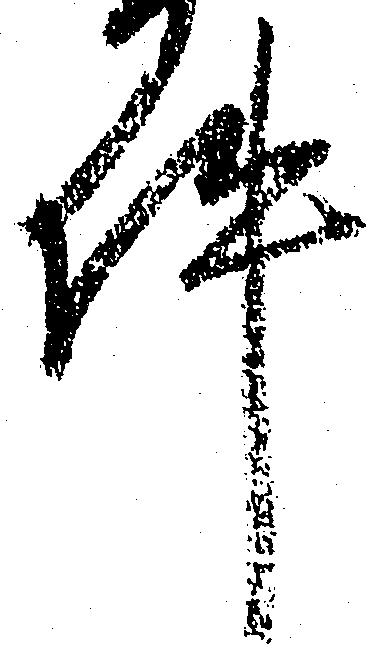
件